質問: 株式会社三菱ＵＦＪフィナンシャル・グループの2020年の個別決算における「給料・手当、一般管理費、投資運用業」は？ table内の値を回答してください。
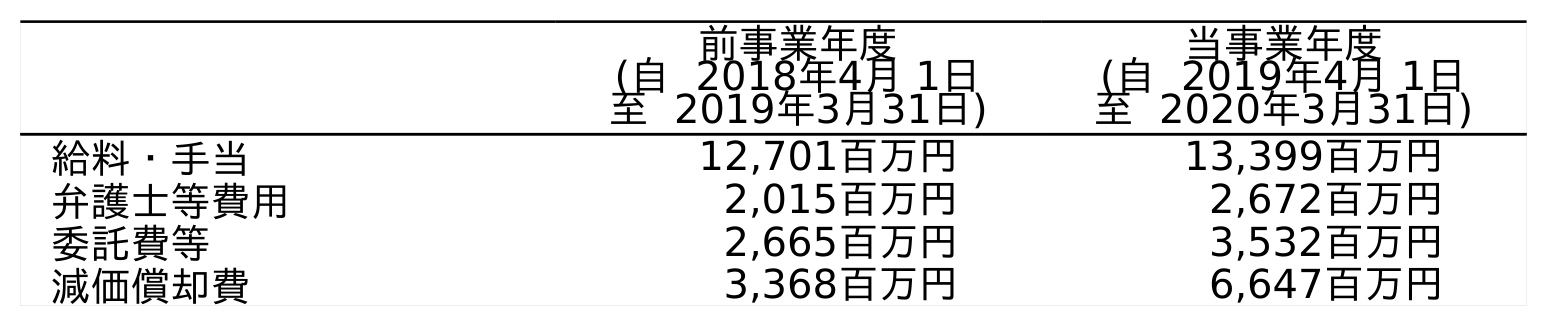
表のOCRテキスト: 前事業年度 (自 2018年4月 1日 至 2019年3月31日) 当事業年度 (自 2019年4月 1日 至 2020年3月31日) 給料・手当 12,701百万円 13,399百万円 弁護士等費用 2,015百万円 2,672百万円 委託費等 2,665百万円 3,532百万円 減価償却費 3,368百万円 6,647百万円
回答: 13,399